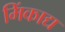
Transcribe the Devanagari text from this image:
मिंकाद्य